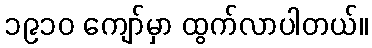
၁၉၁၀ ကျော်မှာ ထွက်လာပါတယ်။